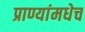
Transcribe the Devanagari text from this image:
प्राण्यांमधेच